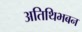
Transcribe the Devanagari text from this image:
अतिथिभबन